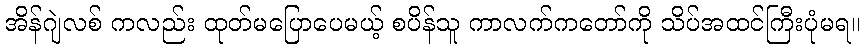
အိန်ဂျဲလစ် ကလည်း ထုတ်မပြောပေမယ့် စပိန်သူ ကာလက်ကတော်ကို သိပ်အထင်ကြီးပုံမရ။